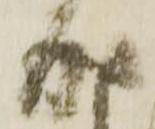
成